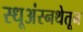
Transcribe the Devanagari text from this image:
स्धूअंस्नथेतून